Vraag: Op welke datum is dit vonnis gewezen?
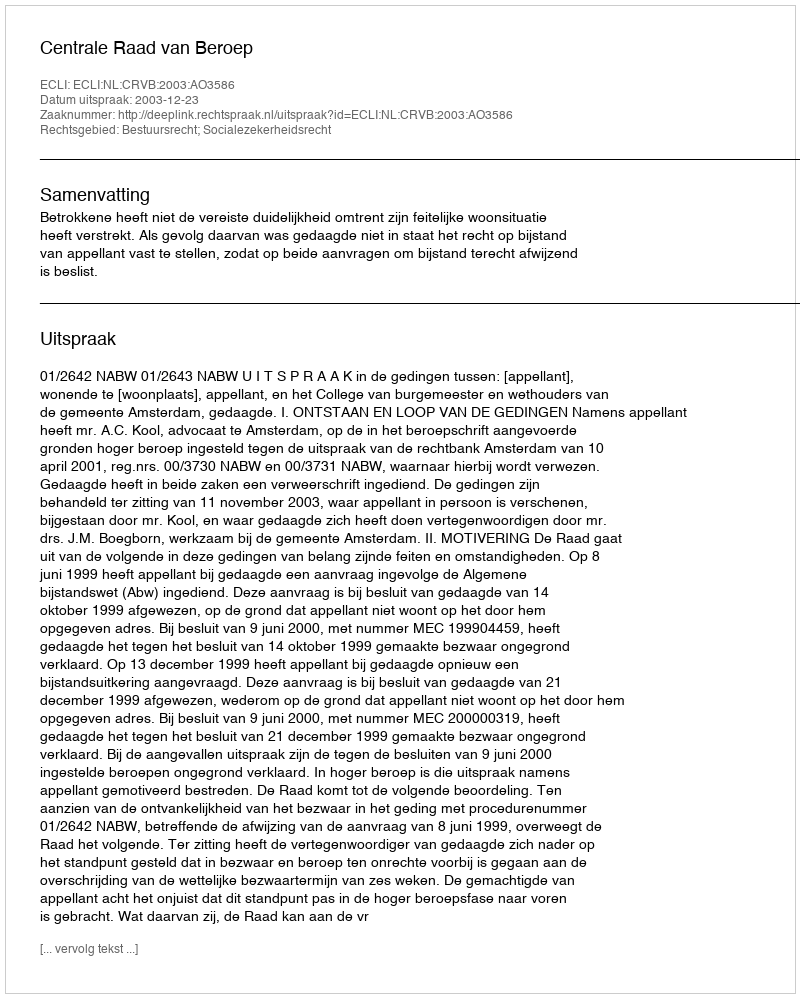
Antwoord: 2003-12-23